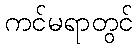
ကင်မရာတွင်